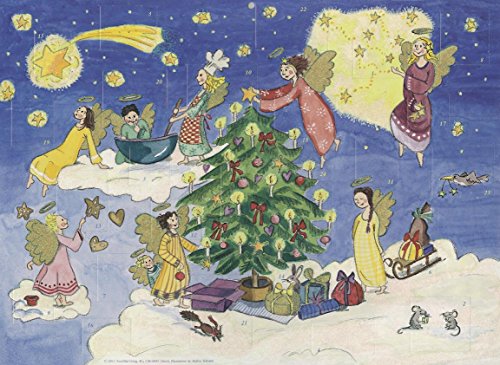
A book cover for Angels Advent Calendar; Andrea Schraml; Calendars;